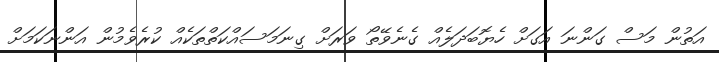
އަތުން މަސް ގަންނަ އަގަށް ހެޔޮބަދަލެއް ގެނެވޭތޯ ވަރަށް ގިނަމަސައްކަތްތަކެއް ކުރެވެމުން އަންނަކަމަށް